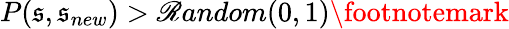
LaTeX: P(\mathfrak{s},\mathfrak{s}_{new})>\mathscr{R}andom(0,1)\footnotemark